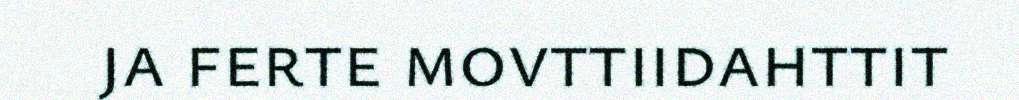
ja ferte movttiidahttit